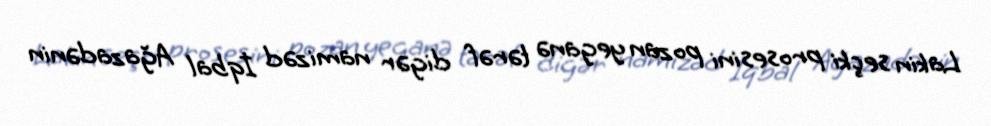
Lakin seçki prosesini pozan yeganə tərəf digər namizəd İqbal Ağazadənin